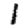
Digit: 1